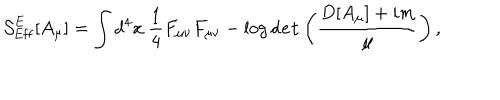
LaTeX: { \cal S } _ { \mathrm { E f f } } ^ { \mathrm { E } } [ A _ { \mu } ] = \int d ^ { 4 } x \ \frac { 1 } { 4 } F _ { \mu \nu } F _ { \mu \nu } - \log { \tt d e t } \left( \frac { D [ A _ { \mu } ] + i m } { \mu } \right) ,